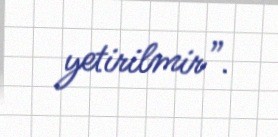
yetirilmir”.